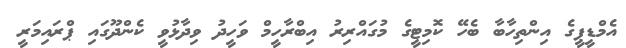
އެމްޑީޕީގެ އިންތިހާބާ ބެހޭ ކޮމިޓީގެ މުގައްރިރު އިބްރާހީމް ވަހީދު ވިދާޅުވީ ކެންދޫގައި ޕްރައިމަރީ